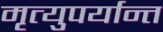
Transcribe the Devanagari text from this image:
मृत्युपर्यान्त